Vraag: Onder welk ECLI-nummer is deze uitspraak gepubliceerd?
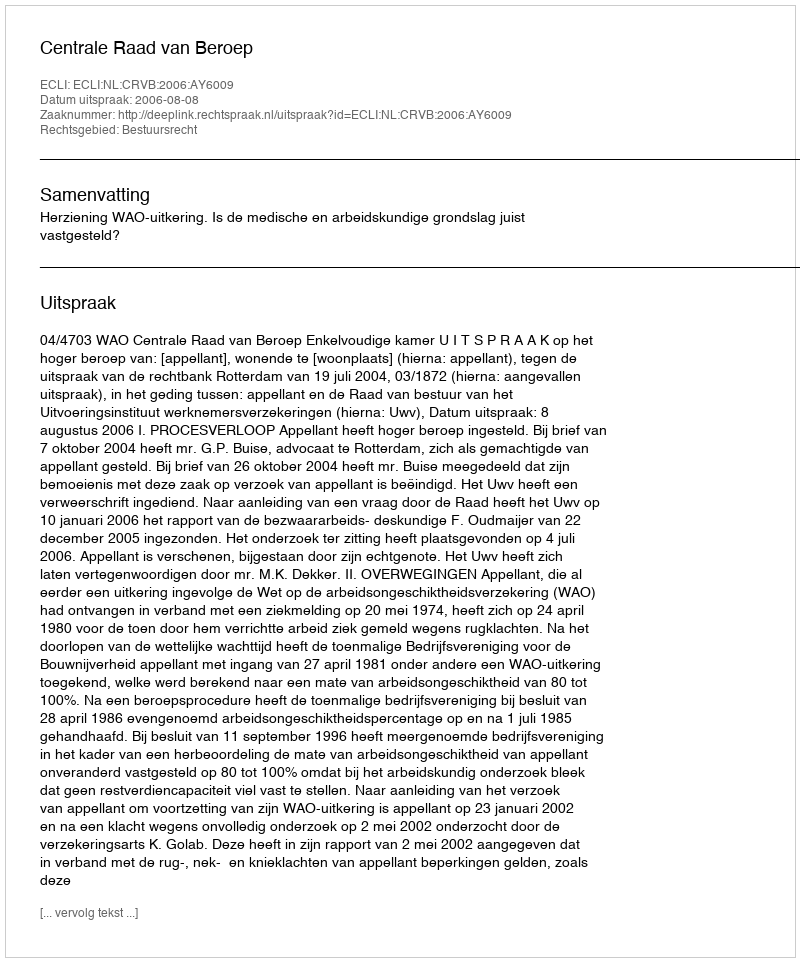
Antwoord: ECLI:NL:CRVB:2006:AY6009